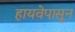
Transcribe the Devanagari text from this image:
हायवेपासून